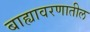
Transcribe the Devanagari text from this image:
बाह्यावरणातील